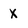
Character: X